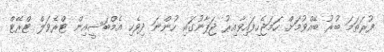
ފުރަތަމަ ބުރު ބޭއްވުމަށް ހަމަޖެހިފައިވާއިރު ޖަޕާނުގައި ހުންނަ ދިވެހި އެމްބަސީއިން ޓްރެވަލް ޓްރޭޓް